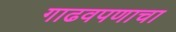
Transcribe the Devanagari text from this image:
गाढवपणाचा